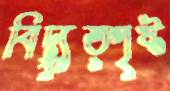
বিদ্যুত্পৃষ্ট